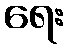
ရေး